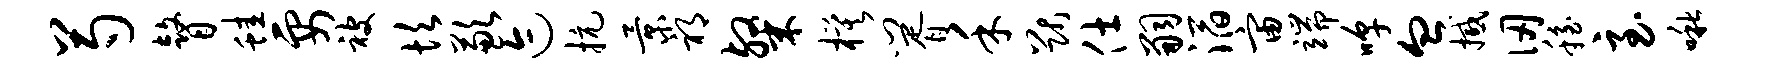
芍瞽蛙要被坎歉迹抗景祁粲模门胥禾猷仕嗣滔宙端嗥血撼仞稳至啾